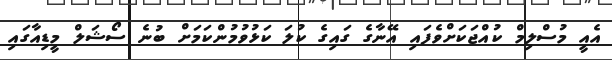
އެއީ މުސްލިމް ކުއްޖަކަށްވެފައި އޭނާގެ ގައިގެ ކުލަ ކަޅުވުމުންކަމަށް ބުނެ ސޯޝަލް މީޑިއާގައި